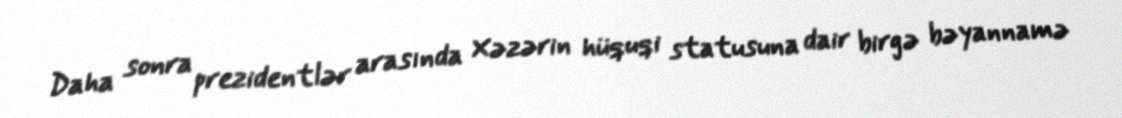
Daha sonra prezidentlər arasında Xəzərin hüquqi statusuna dair birgə bəyannamə